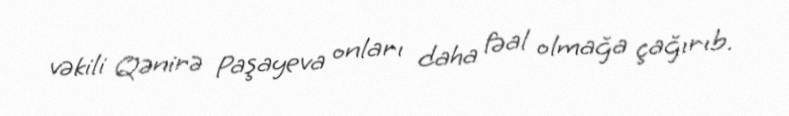
vəkili Qənirə Paşayeva onları daha fəal olmağa çağırıb.